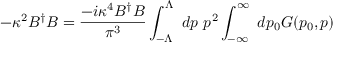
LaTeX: - \kappa ^ { 2 } B ^ { \dagger } B = { \frac { - i \kappa ^ { 4 } B ^ { \dagger } B } { \pi ^ { 3 } } } \int _ { - \Lambda } ^ { \Lambda } ~ d p ~ p ^ { 2 } \int _ { - \infty } ^ { \infty } ~ d p _ { 0 } { \cal G } ( p _ { 0 } , p )